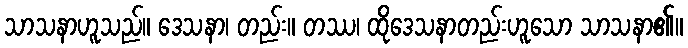
သာသနာဟူသည်။ ဒေသနာ၊ တည်း။ တဿ၊ ထိုဒေသနာတည်းဟူသော သာသနာ၏။